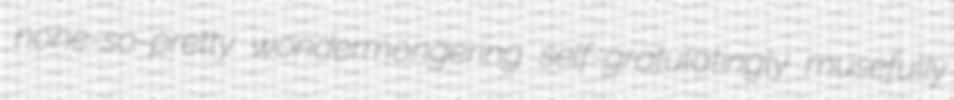
none-so-pretty wondermongering self-gratulatingly musefully